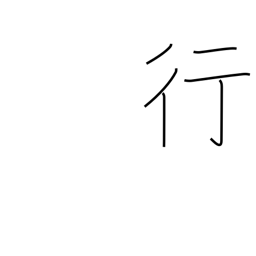
Meaning: bank